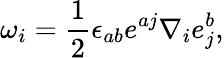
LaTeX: \omega_{i}=\frac{1}{2}\epsilon_{ab}e^{aj}\nabla_{i}e_{j}^{b},